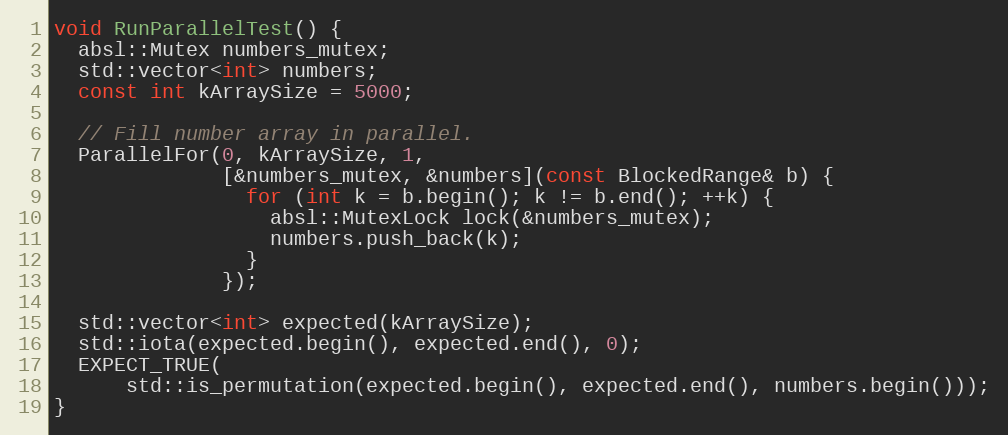
Language: C++
void RunParallelTest() {
  absl::Mutex numbers_mutex;
  std::vector<int> numbers;
  const int kArraySize = 5000;

  // Fill number array in parallel.
  ParallelFor(0, kArraySize, 1,
              [&numbers_mutex, &numbers](const BlockedRange& b) {
                for (int k = b.begin(); k != b.end(); ++k) {
                  absl::MutexLock lock(&numbers_mutex);
                  numbers.push_back(k);
                }
              });

  std::vector<int> expected(kArraySize);
  std::iota(expected.begin(), expected.end(), 0);
  EXPECT_TRUE(
      std::is_permutation(expected.begin(), expected.end(), numbers.begin()));
}